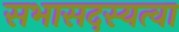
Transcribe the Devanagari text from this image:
सभासदस्यत्वा